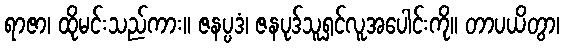
ရာဇာ၊ ထိုမင်းသည်ကား။ ဇနပ္ပဒံ၊ ဇနပုဒ်သူရှင်လူအပေါင်းကို။ တာပယိတွာ၊